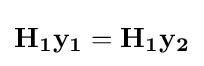
\mathbf {H_{1}} \mathbf {y_{1}} =\mathbf {H_{1}} \mathbf {y_{2}}